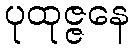
ပုထုဇ္ဇနေ